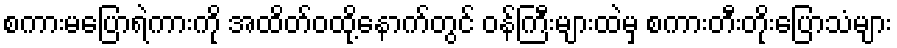
စကားမပြောရဲကားကို အထိတ်ဝထို့နောက်တွင် ဝန်ကြီးများထဲမှ စကားတီးတိုးပြောသံများ